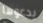
يدعوها